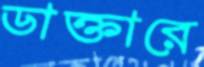
ডাক্তারে